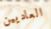
العاديين